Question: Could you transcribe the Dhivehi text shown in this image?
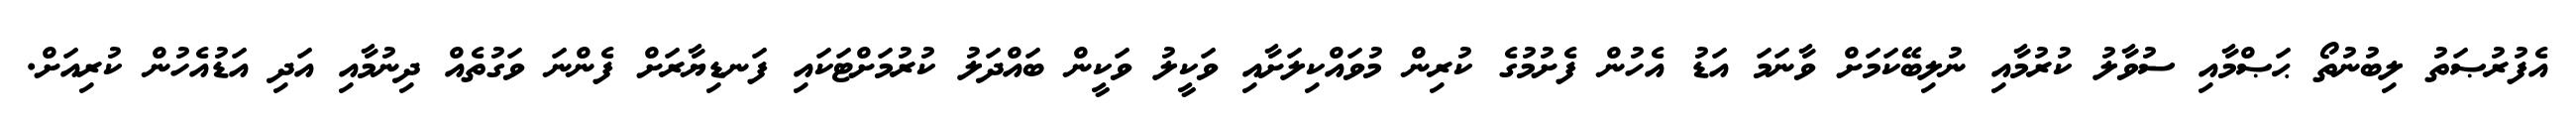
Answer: އެފުރުޞަތު ލިބުނުތޯ ޙަޞްމާއި ސުވާލު ކުރުމާއި ނުލިބޭކަމަށް ވާނަމަ އަޑު އެހުން ފެށުމުގެ ކުރިން މުވައްކިލަށާއި ވަކީލު ވަކީން ބައްދަލު ކުރުމަށްޓަކައި ފަނޑިޔާރަށް ފެންނަ ވަގުތެއް ދިނުމާއި އަދި އަޑުއެހުން ކުރިއަށް.